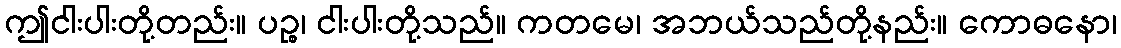
ဤငါးပါးတို့တည်း။ ပဉ္စ၊ ငါးပါးတို့သည်။ ကတမေ၊ အဘယ်သည်တို့နည်း။ ကောဓနော၊